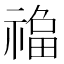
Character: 𱵦